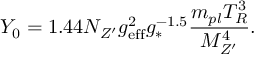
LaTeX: Y _ { 0 } = 1 . 4 4 N _ { Z ^ { \prime } } g _ { \mathrm { e f f } } ^ { 2 } g _ { * } ^ { - 1 . 5 } \frac { m _ { p l } T _ { R } ^ { 3 } } { M _ { Z ^ { \prime } } ^ { 4 } } .